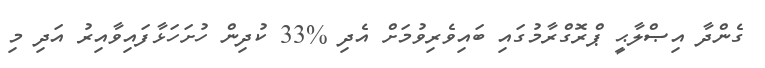
ގެންދާ އިޞްލާޙީ ޕްރޮގްރާމުގައި ބައިވެރިވުމަށް އެދި %33 ކުދިން ހުށަހަޅާފައިވާއިރު އަދި މި